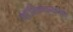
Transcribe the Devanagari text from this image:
वाॅशिंग्टनच्या